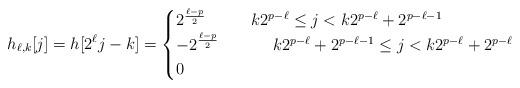
LaTeX: \begin{align*} h_{\ell,k}[j] = h[2^{\ell} j -k] &= \begin{cases} 2^{\frac{\ell-p}{2}} \quad& k2^{p-\ell} \leq j< k2^{p-\ell} +2^{p-\ell-1}\\ -2^{\frac{\ell-p}{2}} \quad&\quad\ k2^{p-\ell} +2^{p-\ell-1}\leq j < k2^{p-\ell} +2^{p-\ell}\\ 0&\end{cases}\end{align*}